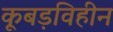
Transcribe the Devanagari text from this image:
कूबड़विहीन